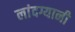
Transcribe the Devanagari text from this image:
लांदग्यानी